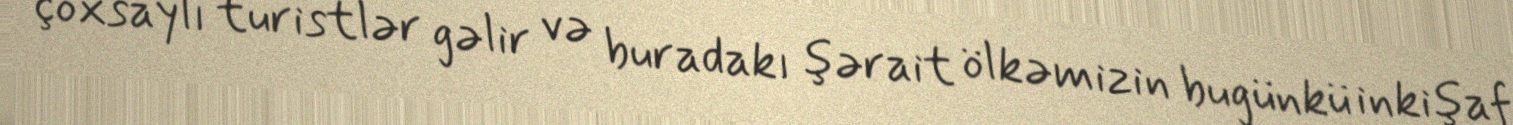
çoxsaylı turistlər gəlir və buradakı şərait ölkəmizin bugünkü inkişaf